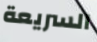
السريعة